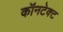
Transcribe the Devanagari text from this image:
कॉनटेक्ट